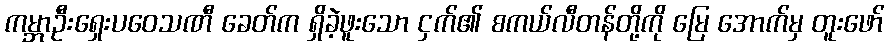
ကမ္ဘာဦးရှေးပဝေသဏီ ခေတ်က ရှိခဲ့ဖူးသော ငှက်၏ စကယ်လီတန်တို့ကို မြေ အောက်မှ တူးဖော်